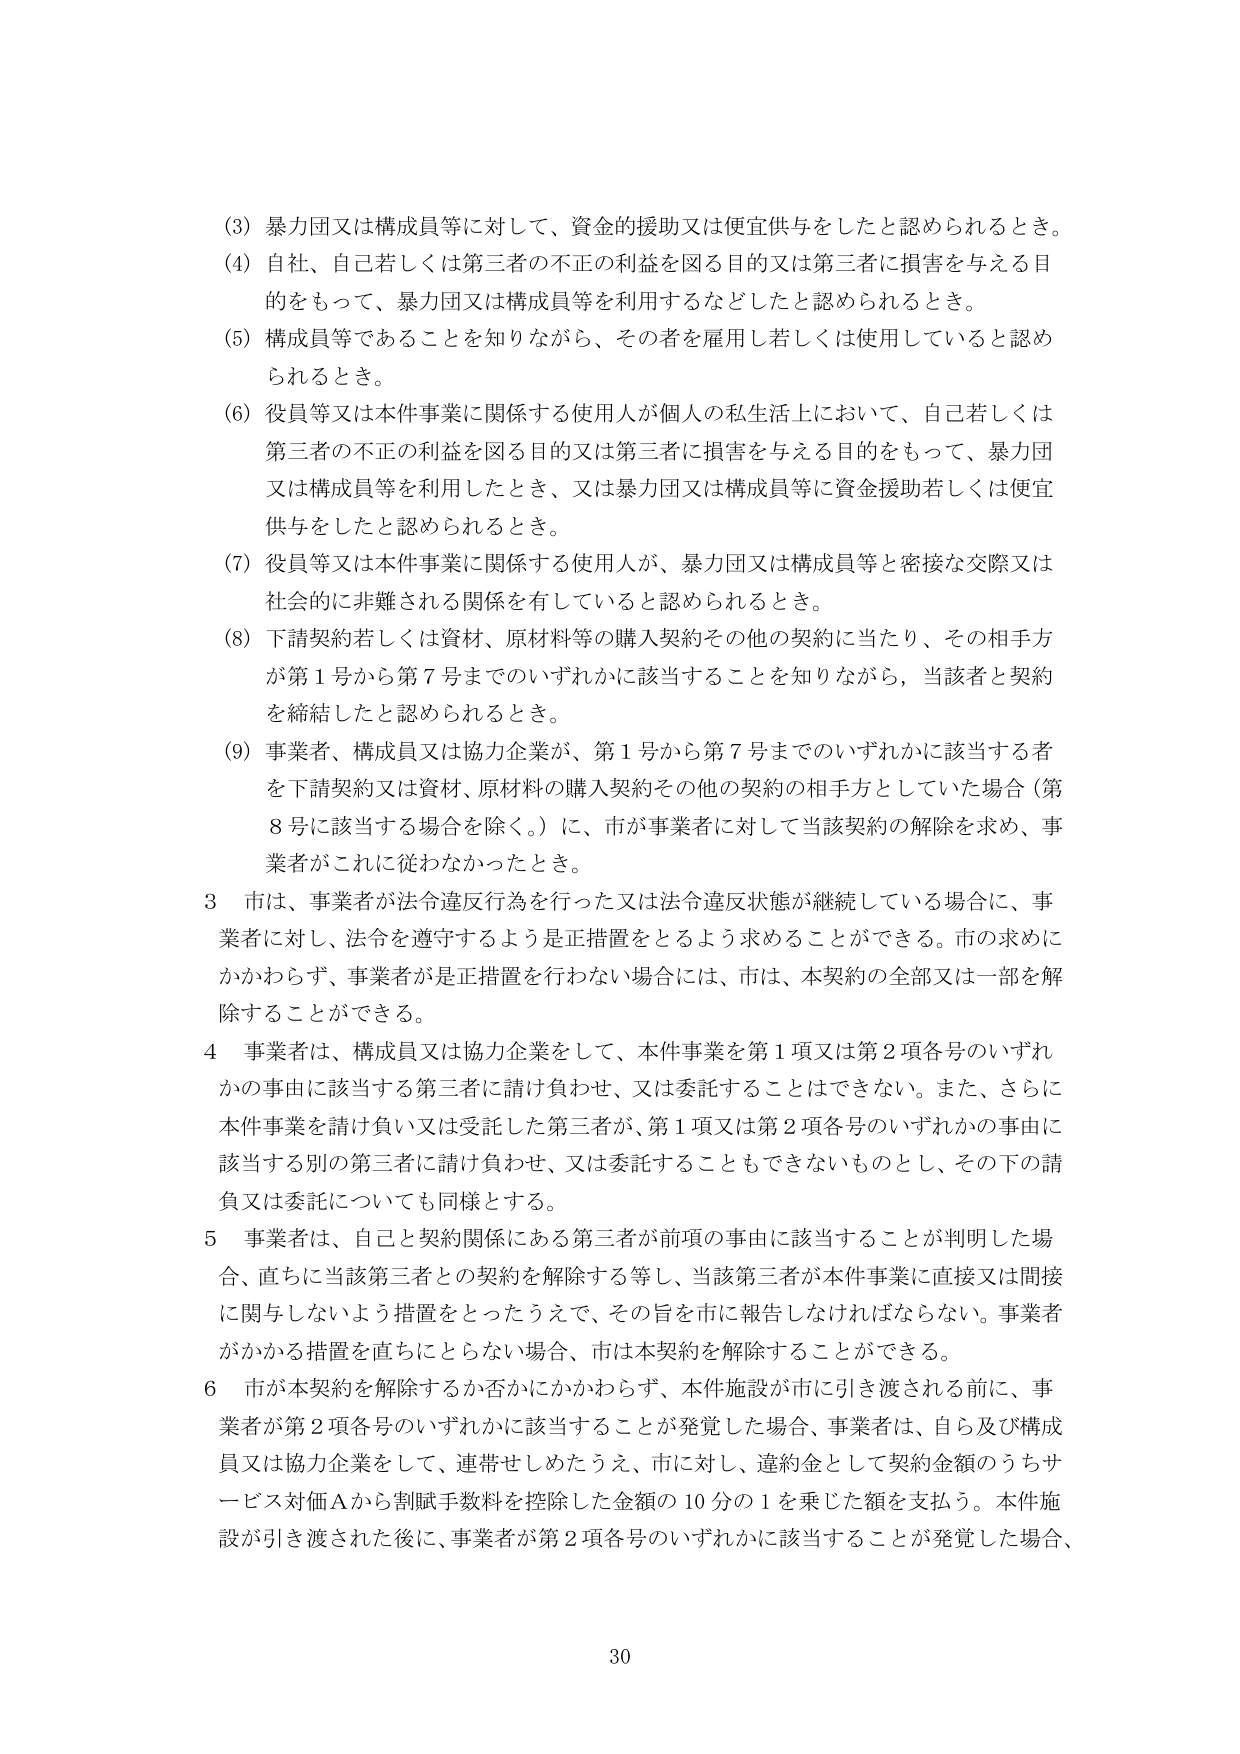
(3) 暴力団又は構成員等に対して、資金的援助又は便宜供与をしたと認められるとき。

(4) 自社、自己若しくは第三者の不正の利益を図る目的又は第三者に損害を与える目的をもって、暴力団又は構成員等を利用するなどしたと認められるとき。

(5) 構成員等であることを知りながら、その者を雇用し若しくは使用していると認められるとき。

(6) 役員等又は本件事業に関係する使用人が個人の私生活上において、自己若しくは第三者の不正の利益を図る目的又は第三者に損害を与える目的をもって、暴力団又は構成員等を利用したとき、又は暴力団又は構成員等に資金援助若しくは便宜供与をしたと認められるとき。

(7) 役員等又は本件事業に関係する使用人が、暴力団又は構成員等と密接な交際又は社会的に非難される関係を有していると認められるとき。

(8) 下請契約若しくは資材、原材料等の購入契約その他の契約に当たり、その相手方が第1号から第7号までのいずれかに該当することを知りながら、当該者と契約を締結したと認められるとき。

(9) 事業者、構成員又は協力企業が、第1号から第7号までのいずれかに該当する者を下請契約又は資材、原材料の購入契約その他の契約の相手方としていた場合（第8号に該当する場合を除く。）に、市が事業者に対して当該契約の解除を求め、事業者がこれに従わなかったとき。

3 市は、事業者が法令違反行為を行った又は法令違反状態が継続している場合に、事業者に対し、法令を遵守するよう是正措置をとるよう求めることができる。市の求めにかかわらず、事業者が是正措置を行わない場合には、市は、本契約の全部又は一部を解除することができる。

4 事業者は、構成員又は協力企業をして、本件事業を第1項又は第2項各号のいずれかの事由に該当する第三者に請け負わせ、又は委託することはできない。また、さらに本件事業を請け負い又は受託した第三者が、第1項又は第2項各号のいずれかの事由に該当する別の第三者に請け負わせ、又は委託することもできないものとし、その下の請負又は委託についても同様とする。

5 事業者は、自己と契約関係にある第三者が前項の事由に該当することが判明した場合、直ちに当該第三者との契約を解除する等し、当該第三者が本件事業に直接又は間接に関与しないよう措置をとったうえで、その旨を市に報告しなければならない。事業者がかかる措置を直ちにとらない場合、市は本契約を解除することができる。

6 市が本契約を解除するか否かにかかわらず、本件施設が市に引き渡される前に、事業者が第2項各号のいずれかに該当することが発覚した場合、事業者は、自ら及び構成員又は協力企業をして、連帯せしめたうえ、市に対し、違約金として契約金額のうちサービス対価Aから割賦手数料を控除した金額の10分の1を乗じた額を支払う。本件施設が引き渡された後に、事業者が第2項各号のいずれかに該当することが発覚した場合、

30